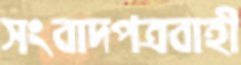
সংবাদপত্রবাহী